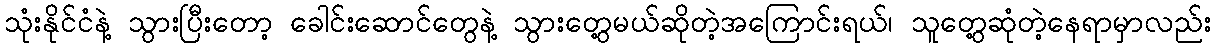
သုံးနိုင်ငံနဲ့ သွားပြီးတော့ ခေါင်းဆောင်တွေနဲ့ သွားတွေ့မယ်ဆိုတဲ့အကြောင်းရယ်၊ သူတွေ့ဆုံတဲ့နေရာမှာလည်း